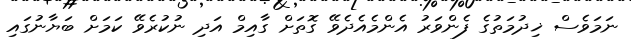
ނަމަވެސް ޚިދުމަތުގެ ފެންވަރު އެންމެއެދެވޭ ގޮތަށް ގާއިމް އަދި ނުކުރެވޭ ކަމަށް ބަޔާނުގައި